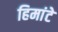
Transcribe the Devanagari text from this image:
हिमांटे